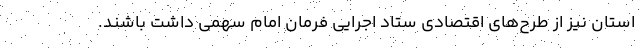
استان نیز از طرح‌های اقتصادی ستاد اجرایی فرمان امام سهمی داشت باشند.